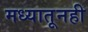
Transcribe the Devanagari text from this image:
मध्यातूनही